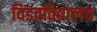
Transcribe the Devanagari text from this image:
विडवविद्यालय